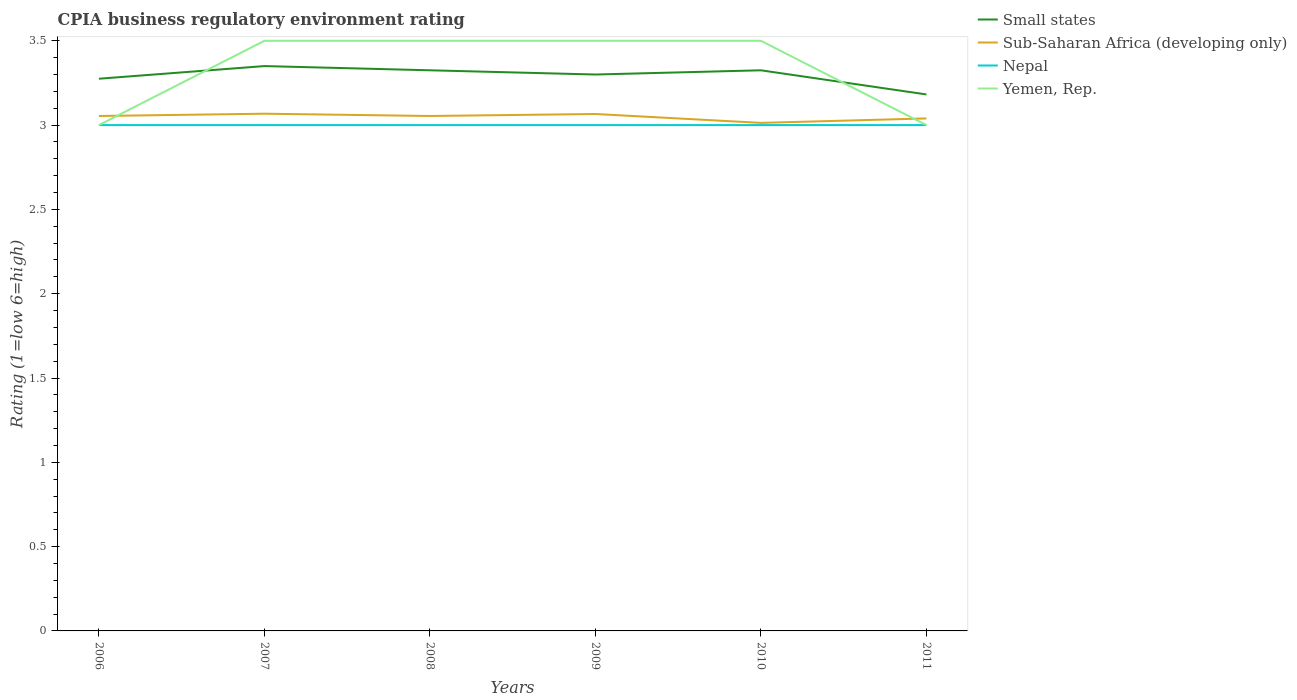
| Years | Small states | Sub-Saharan Africa (developing only) | Nepal | Yemen, Rep. |
 | --- | --- | --- | --- | --- |
 | 2006 | 3.27 | 3.05 | 3 | 3 |
 | 2007 | 3.35 | 3.07 | 3 | 3.5 |
 | 2008 | 3.33 | 3.05 | 3 | 3.5 |
 | 2009 | 3.3 | 3.07 | 3 | 3.5 |
 | 2010 | 3.33 | 3.01 | 3 | 3.5 |
 | 2011 | 3.18 | 3.04 | 3 | 3 |